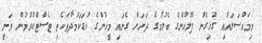
މިމައްސަލައާއި ގުޅިގެން ފުލުހުންގެ ބެލުމުގެ ދަށަށް ގެނައި މީހުންގެ ކުޑަކަމުދާތަކެތި ޓެސްޓްކުރުމުން ވަނީ